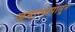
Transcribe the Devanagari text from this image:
जमान्यापासून